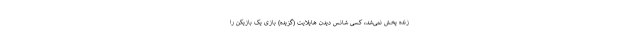
زنده پخش نمی‌شد، کسی شانس دیدن هایلایت (گُزیده) بازی یک بازیکن را